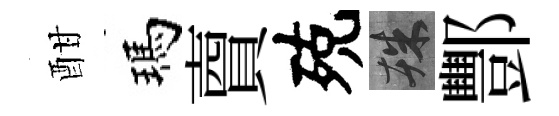
酣瑪𧶠殑殊酆